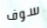
سوف